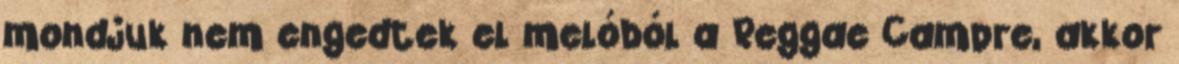
mondjuk nem engedtek el melóból a Reggae Campre, akkor